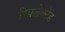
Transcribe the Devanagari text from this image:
रिफ़्लेक्टेड